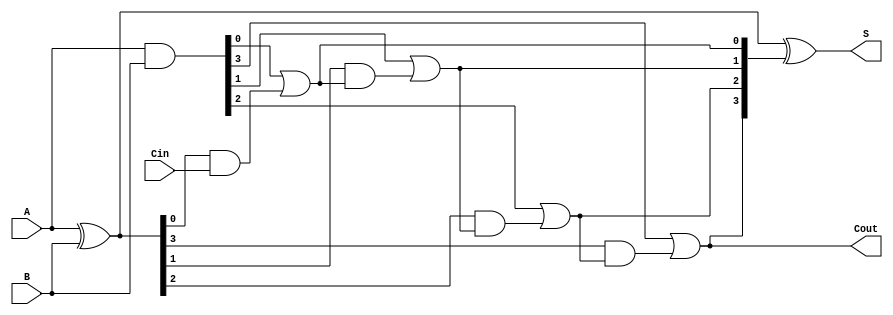
module CarryLookaheadAdder #(parameter n = 4) (
    input [n-1:0] A,      // First n-bit input
    input [n-1:0] B,      // Second n-bit input
    input Cin,            // Carry-in
    output [n-1:0] S,     // n-bit sum output
    output Cout           // Carry-out output
);
    wire [n-1:0] G;       // Generate signals
    wire [n-1:0] P;       // Propagate signals
    wire [n:0] C;         // Carry signals

    // Generate and Propagate calculations
    assign G = A & B;          // Generate: G[i] = A[i] & B[i]
    assign P = A ^ B;          // Propagate: P[i] = A[i] ^ B[i]

    // Carry signals calculations
    assign C[0] = Cin;         // Initial carry-in
    genvar i;
    generate
        for (i = 0; i < n; i = i + 1) begin : carry_generation
            if (i == 0) begin
                assign C[1] = G[0] | (P[0] & C[0]); // C[1] = G[0] + (P[0] * C[0])
            end else begin
                assign C[i + 1] = G[i] | (P[i] & C[i]); // C[i + 1] = G[i] + (P[i] * C[i])
            end
        end
    endgenerate

    // Sum calculation
    assign S = P ^ C[n:1];     // S[i] = P[i] ^ C[i+1]

    // Carry-out output
    assign Cout = C[n];        // Carry-out is the last carry

endmodule